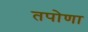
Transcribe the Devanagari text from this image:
तपोणा